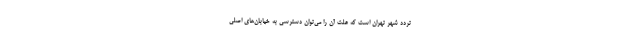
تردد شهر تهران است که علت آن را می‌توان دسترسی به خیابان‌های اصلی